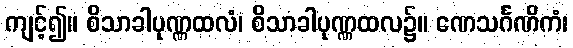
ကျင့်၍။ စိသာခါပုဏ္ဏထလံ၊ စိသာခါပုဏ္ဏထလ၌။ ဏေသင်္ဂဏိကံ၊